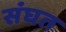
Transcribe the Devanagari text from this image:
संघत